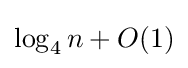
\log _{4}n+O(1)